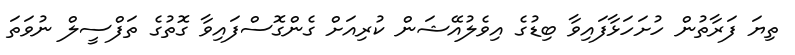
ތިޔަ ފަރާތުން ހުށަހަޅާފައިވާ ބިޑުގެ އިވެލުއޭޝަން ކުރިއަށް ގެންގޮސްފައިވާ ގޮތުގެ ތަފްސީލް ނުވަތަ